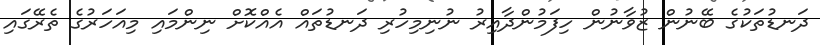
ދަނޑުތަކުގެ ބޭނުން ޒުވާނުން ހިފަމުންދާއިރު ނުނިމިހުރި ދަނޑުތައް އެއްކޮށް ނިންމައި މިއަހަރުގެ ތެރޭގައި